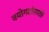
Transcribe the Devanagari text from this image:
वयोगटांसाठी